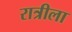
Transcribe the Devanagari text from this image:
रात्रीला